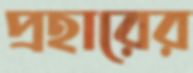
প্রহারের